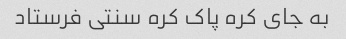
به جای کره پاک کره سنتی فرستاد